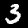
Label: 3